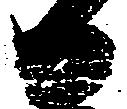
日